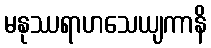
မနုဿရာဟသေယျကာနိ